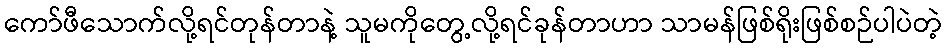
ကော်ဖီသောက်လို့ရင်တုန်တာနဲ့ သူမကိုတွေ့လို့ရင်ခုန်တာဟာ သာမန်ဖြစ်ရိုးဖြစ်စဉ်ပါပဲတဲ့